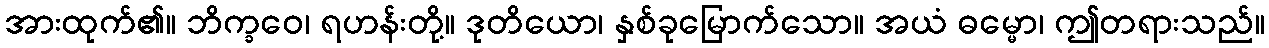
အားထုက်၏။ ဘိက္ခဝေ၊ ရဟန်းတို့။ ဒုတိယော၊ နှစ်ခုမြောက်သော။ အယံ ဓမ္မော၊ ဤတရားသည်။